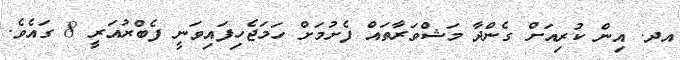
އދ. އިން ކުރިއަށް ގެންދާ މަޝްވަރާތައް ފެށުމަށް ހަމަޖެހިފައިވަނީ ފެބްރުއަރީ 8 ގައެވެ.